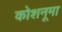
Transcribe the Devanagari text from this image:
कोशनूमा